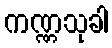
ကဏ္ဏသုခါ